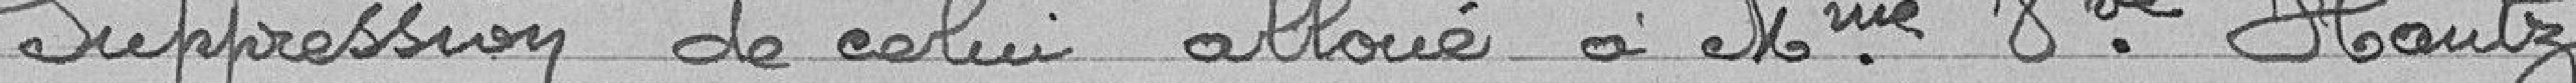
Suppression de celui alloué à Madame veuve Hautz